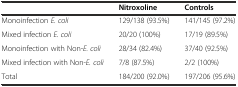
<table><thead><tr><td></td><td><b>Nitroxoline</b></td><td><b>Controls</b></td></tr></thead><tbody><tr><td>Monoinfection <i>E. coli</i></td><td>129/138 (93.5%)</td><td>141/145 (97.2%)</td></tr><tr><td>Mixed infection <i>E. coli</i></td><td>20/20 (100%)</td><td>17/19 (89.5%)</td></tr><tr><td>Monoinfection with Non-<i>E. coli</i></td><td>28/34 (82.4%)</td><td>37/40 (92.5%)</td></tr><tr><td>Mixed infection with Non-<i>E. coli</i></td><td>7/8 (87.5%)</td><td>2/2 (100%)</td></tr><tr><td>Total</td><td>184/200 (92.0%)</td><td>197/206 (95.6%)</td></tr></tbody></table>